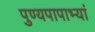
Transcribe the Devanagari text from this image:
पुण्यपापाभ्यां